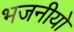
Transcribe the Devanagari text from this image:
भजनीयो